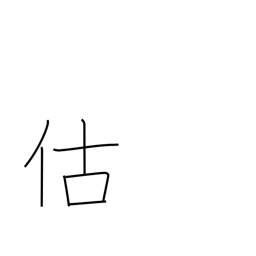
Meaning: business